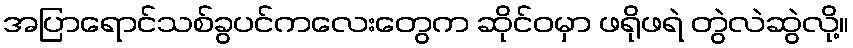
အပြာရောင်သစ်ခွပင်ကလေးတွေက ဆိုင်ဝမှာ ဖရိုဖရဲ တွဲလဲဆွဲလို့။